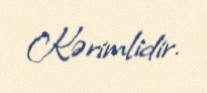
Kərimlidir.